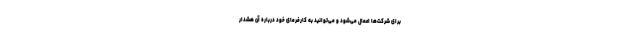
برای شرکت‌ها اعمال می‌شود و می‌توانید به کارفرمای خود درباره آن هشدار